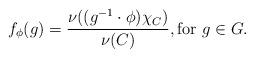
LaTeX: \begin{align*}f_\phi(g) = \frac{\nu((g^{-1} \cdot \phi)\chi_C)}{\nu(C)}, \textrm{for $g \in G$}.\end{align*}